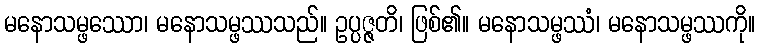
မနောသမ္ဖဿော၊ မနောသမ္ဖဿသည်။ ဥပ္ပဇ္ဇတိ၊ ဖြစ်၏။ မနောသမ္ဖဿံ၊ မနောသမ္ဖဿကို။